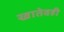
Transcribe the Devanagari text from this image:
खातेवही